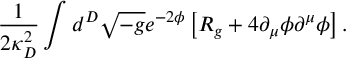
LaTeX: { \frac { 1 } { 2 \kappa _ { D } ^ { 2 } } } \int d ^ { D } \sqrt { - g } e ^ { - 2 \phi } \left[ { \cal R } _ { g } + 4 \partial _ { \mu } \phi \partial ^ { \mu } \phi \right] .